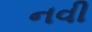
નવી